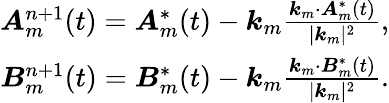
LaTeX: \begin{array}{r}{\boldsymbol{A}_{m}^{n+1}(t)=\boldsymbol{A}_{m}^{*}(t)-\boldsymbol{k}_{m}\frac{\boldsymbol{k}_{m}\cdot\boldsymbol{A}_{m}^{*}(t)}{\lvert\boldsymbol{k}_{m}\rvert^{2}},}\\ {\boldsymbol{B}_{m}^{n+1}(t)=\boldsymbol{B}_{m}^{*}(t)-\boldsymbol{k}_{m}\frac{\boldsymbol{k}_{m}\cdot\boldsymbol{B}_{m}^{*}(t)}{\lvert\boldsymbol{k}_{m}\rvert^{2}}.}\end{array}